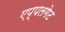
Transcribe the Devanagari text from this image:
एप्पलगेट